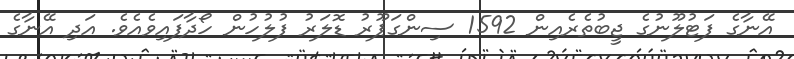
އޭނާގެ ފަޓުލޫނުގެ ޖީބުތެރެއިން 1592 ސިންގަޕޫރު ޑޮލަރު ފުލުހުން ހޯދާފައިވެއެވެ. އަދި އޭނާގެ